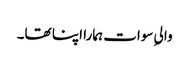
والیِ سوات ہمارا اپنا تھا۔